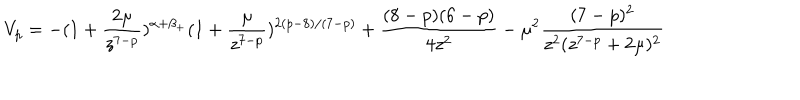
LaTeX: V _ { p } = - ( 1 + \frac { 2 \mu } { z ^ { 7 - p } } ) ^ { \alpha + \beta _ { + } } ( 1 + \frac { \mu } { z ^ { 7 - p } } ) ^ { 2 ( p - 8 ) / ( 7 - p ) } + \frac { ( 8 - p ) ( 6 - p ) } { 4 z ^ { 2 } } - \mu ^ { 2 } \frac { ( 7 - p ) ^ { 2 } } { z ^ { 2 } ( z ^ { 7 - p } + 2 \mu ) ^ { 2 } }